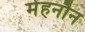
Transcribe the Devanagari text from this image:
मेहनौन